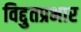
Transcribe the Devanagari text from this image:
विद्दुतप्रभार